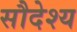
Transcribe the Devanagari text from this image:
सौदेश्य